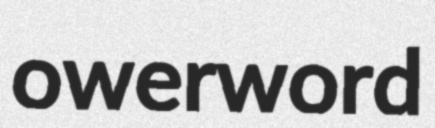
owerword